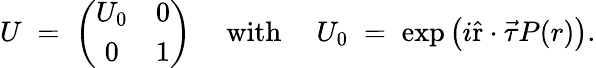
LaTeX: U\; =\; \left(\begin{array}{cc}{{U_{0}}}&{{0}}\\ {{0}}&{{1}}\end{array}\right)~~~~~\mathrm{with}~~~~~U_{0}\; =\; \exp\left(i\hat{\mathrm{r}}\cdot\vec{\tau}P(r)\right).